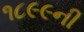
૧૮૯૯ની